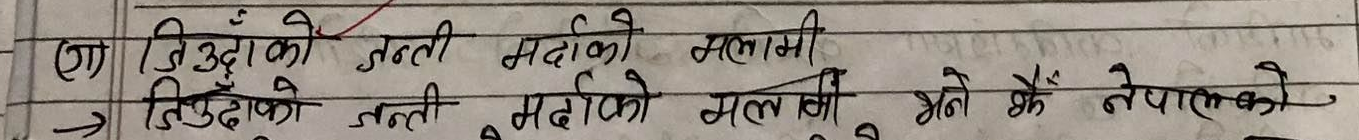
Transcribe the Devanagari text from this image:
(ग) जिउँदाको जल्ती मर्दाको मलामी
जिउँदाको जल्ती मर्दाको मलामी हेर्ने के नेपालीको.